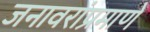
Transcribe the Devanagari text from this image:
जनावरांप्रमाणे